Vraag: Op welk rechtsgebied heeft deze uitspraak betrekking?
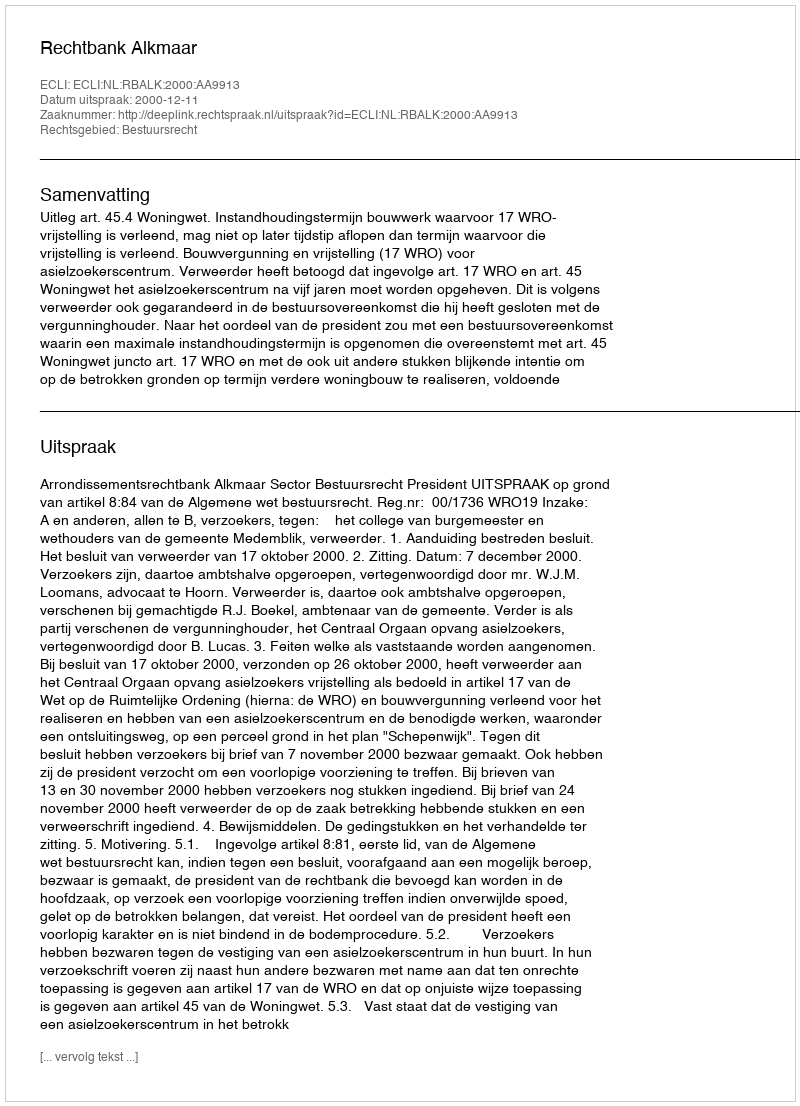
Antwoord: Bestuursrecht